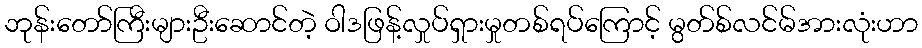
ဘုန်းတော်ကြီးများဦးဆောင်တဲ့ ဝါဒဖြန့်လှုပ်ရှားမှုတစ်ရပ်ကြောင့် မွတ်စ်လင်မ်အားလုံးဟာ